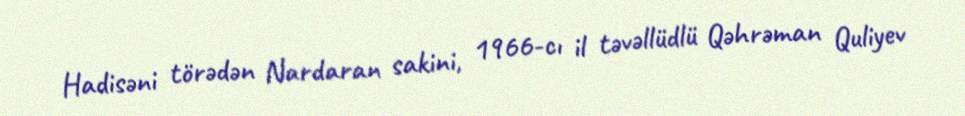
Hadisəni törədən Nardaran sakini, 1966-cı il təvəllüdlü Qəhrəman Quliyev